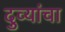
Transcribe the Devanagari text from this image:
दुव्यांचा